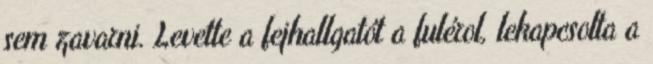
sem zavarni. Levette a fejhallgatót a fulérol, lekapcsolta a